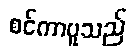
စင်ကာပူသည်